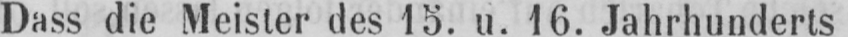
Dass die Meister des 15. u. 16. Jahrhunderts